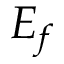
E _ { f }